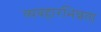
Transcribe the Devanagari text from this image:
व्यवहारभिन्नता